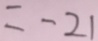
= - 2 1